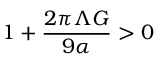
1 + \frac { 2 \pi \Lambda G } { 9 \alpha } > 0